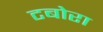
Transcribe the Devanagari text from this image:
टबोरा